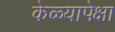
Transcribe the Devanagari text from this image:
केळ्यापेक्षा